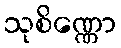
သုစိဏ္ဏော